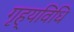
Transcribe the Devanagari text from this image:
गृह्यविधि